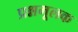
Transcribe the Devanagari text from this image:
प्रश्नमूलक